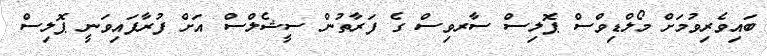
ބައިވެރިވުމަށް މޯލްޑިވްސް ޕޮލިސް ސާރވިސް ގެ ފަރާތުން ސީޝެލްސް އަށް ފުރާފައިވަނީ ޕޮލިސް